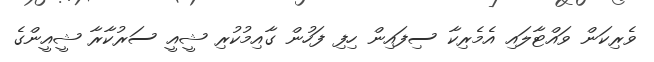
ވެރިކަން ވައްޓާލައި އެމެރިކާ ސިފައިން ހިފި ފަހުން ގާއިމުކުރި ޝީއީ ސަރުކާރާ ޝީއީންގެ